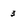
Character: 3